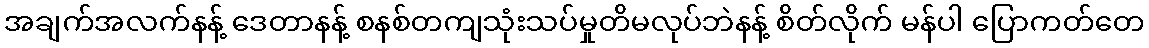
အချက်အလက်နန့် ဒေတာနန့် စနစ်တကျသုံးသပ်မှုတိမလုပ်ဘဲနန့် စိတ်လိုက် မန်ပါ ပြောကတ်တေ